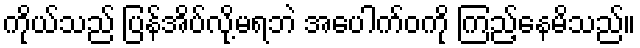
ကိုယ်သည် ပြန်အိပ်လို့မရဘဲ အပေါက်ဝကို ကြည့်နေမိသည်။